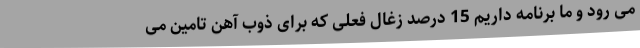
می رود و ما برنامه داریم 15 درصد زغال فعلی که برای ذوب آهن تامین می